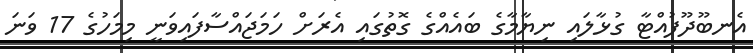
އެނބޫދޫފުއްޓާ ގުޅާލައި ނިޔާމާގެ ބައެއްގެ ގޮތުގައި އެރަށް ހަމަޖައްސާފައިވަނީ މިމަހުގެ 17 ވަނަ